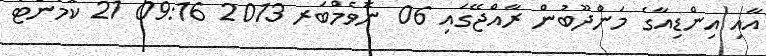
އާއި އިންޑިއާގެ މަންދޫބުން ރާއްޖޭގައި 06 ނޮވެމްބަރ 2013 09:16 21 ކޮމެންޓު